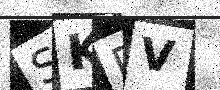
Text: SKPV